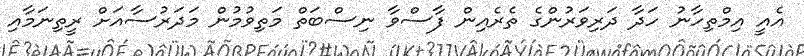
އެއީ އިމްތިހާނު ހަދާ ދަރިވަރުންގެ ތެރެއިން ފާސްވާ ނިސްބަތް މަތިވުމުން މަދަރުސާއަށް ރީތިނަމާއި